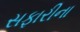
સફારીના